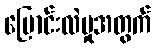
ပြောင်းလဲမှုအတွက်